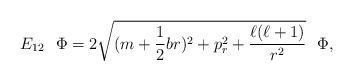
\begin{align*}E_{12}~~\Phi= 2\sqrt{(m+\frac{1}{2}br)^{2}+p^{2}_{r}+ \frac{\ell(\ell+1)}{r^{2}}} ~~\Phi, \end{align*}